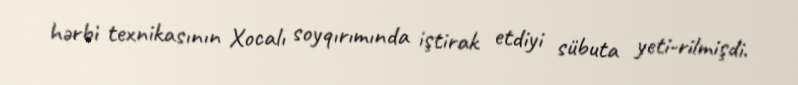
hərbi texnikasının Xocalı soyqırımında iştirak etdiyi sübuta yeti­rilmişdi.